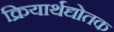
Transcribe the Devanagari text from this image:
क्रियार्थद्योतक